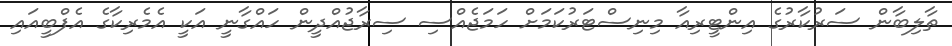
ތާލިބާން ސަރުކާރުގެ އިންޓީރިއާ މިނިސްޓަރުކަމަށް ހަމަޖެއްސި ސިރާޖުއްދީން ހައްގާނީ އަކީ އެމެރިކާގެ އެފްބީއައި